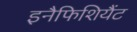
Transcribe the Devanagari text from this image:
इनैफिशियैंट